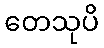
တေသုပိ